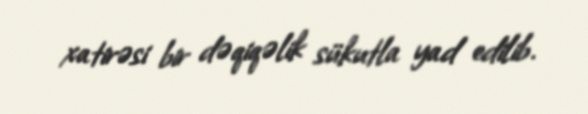
xatirəsi bir dəqiqəlik sükutla yad edilib.